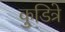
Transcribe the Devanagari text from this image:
कुडित्रे